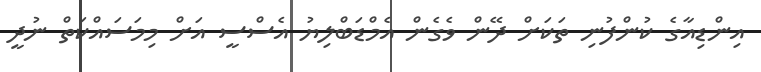
އިންޑިއާގެ ކުންފުނި ތަކަށް ދޭން ވެގެން އެމްޑަބްލިޔު އެސްސީ އަށް މިމަސައްކަތް ނުދީ